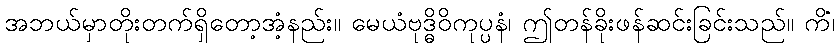
အဘယ်မှာတိုးတက်ရှိတော့အံ့နည်း။ မေယံဗုဒ္ဓိဝိကုပ္ပနံ၊ ဤတန်ခိုးဖန်ဆင်းခြင်းသည်။ ကိံ၊